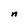
Character: n